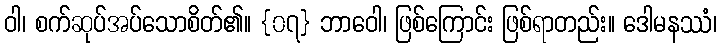
ဝါ၊ စက်ဆုပ်အပ်သောစိတ်၏။ {၀၇} ဘာဝေါ၊ ဖြစ်ကြောင်း ဖြစ်ရာတည်း။ ဒေါမနဿံ၊